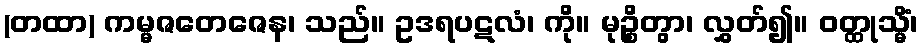
(တထာ) ကမ္မဇတေဇေန၊ သည်။ ဥဒရပဋလံ၊ ကို။ မုဉ္စိတွာ၊ လွှတ်၍။ ဝတ္ထုသ္မိံ၊